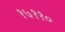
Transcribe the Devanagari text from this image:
१७११०